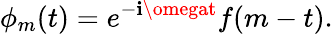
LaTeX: \phi_{m}(t)=e^{-\mathbf{i}\omegat}f(m-t).